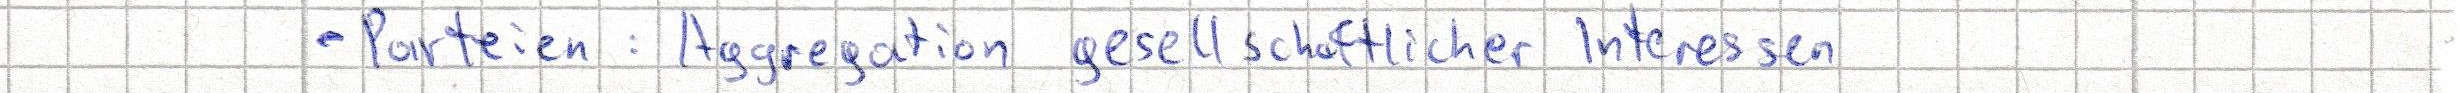
- Parteien: Aggregation gesellschaftlicher Interessen